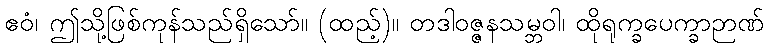
ဧဝံ၊ ဤသို့ဖြစ်ကုန်သည်ရှိသော်။ (ထည့်)။ တဒါဝဇ္ဇနသမ္ဘဝါ၊ ထိုရုက္ခပေက္ခာဉာဏ်